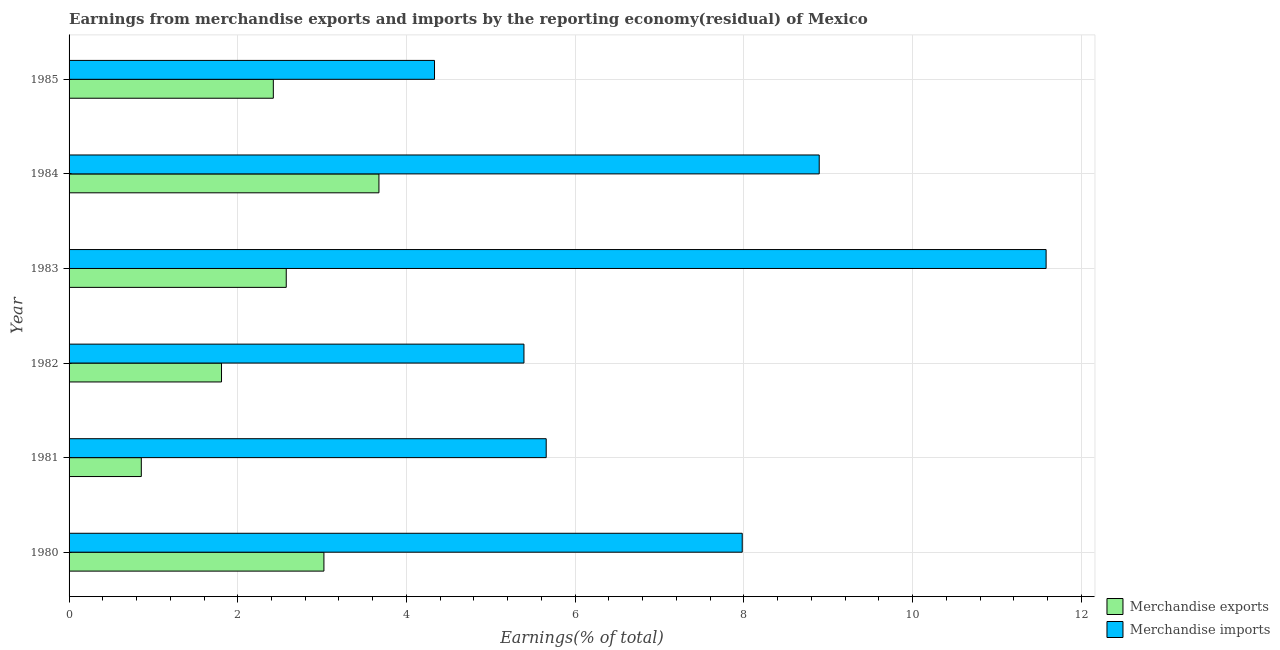
| Year | Merchandise exports | Merchandise imports |
 | --- | --- | --- |
 | 1980 | 3.02 | 7.98 |
 | 1981 | 0.857 | 5.66 |
 | 1982 | 1.81 | 5.39 |
 | 1983 | 2.57 | 11.6 |
 | 1984 | 3.67 | 8.89 |
 | 1985 | 2.42 | 4.33 |